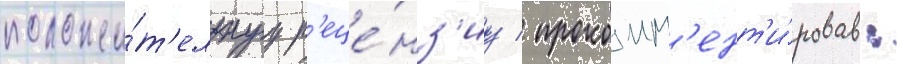
положи́т'ельнуу р'еце́нз'иу / прокомм'ент'и́ровав: